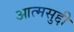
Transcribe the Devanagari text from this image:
आत्मसुद्दी